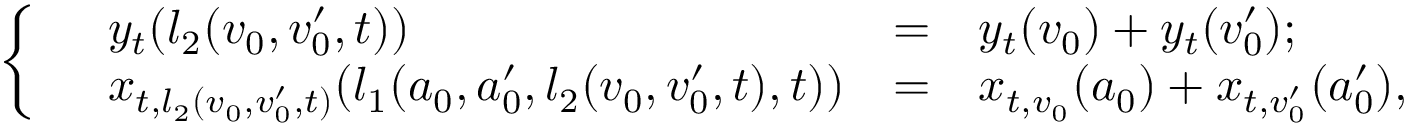
\left\{ \begin{array} { r l r l } & { y _ { t } ( l _ { 2 } ( v _ { 0 } , v _ { 0 } ^ { \prime } , t ) ) } & { = } & { y _ { t } ( v _ { 0 } ) + y _ { t } ( v _ { 0 } ^ { \prime } ) ; } \\ & { x _ { t , l _ { 2 } ( v _ { 0 } , v _ { 0 } ^ { \prime } , t ) } ( l _ { 1 } ( a _ { 0 } , a _ { 0 } ^ { \prime } , l _ { 2 } ( v _ { 0 } , v _ { 0 } ^ { \prime } , t ) , t ) ) } & { = } & { x _ { t , v _ { 0 } } ( a _ { 0 } ) + x _ { t , v _ { 0 } ^ { \prime } } ( a _ { 0 } ^ { \prime } ) , } \end{array} \right.